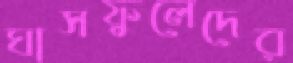
ঘাসফুলেদের